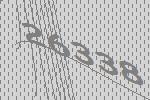
26338